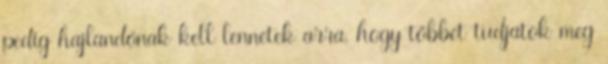
pedig hajlandónak kell lennetek arra, hogy többet tudjatok meg